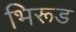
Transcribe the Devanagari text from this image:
भिरूड